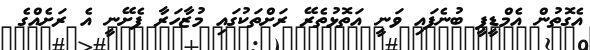
އެގޮތުން އެމްޑީޕީ ބުނެފައި ވަނީ އަތޮޅުތެރޭ ރަށްތަކުގައި މުޒާހަރާ ފެށޭނީ އެ ރަށެއްގެ